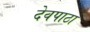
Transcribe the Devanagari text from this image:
देवपाठा